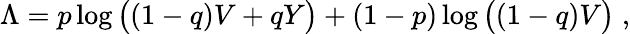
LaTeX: \Lambda=p\log\big((1-q)V+qY\big)+(1-p)\log\big((1-q)V\big)\; ,